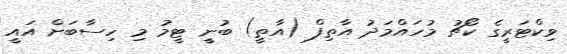
ވިކްޓަރީގެ ކޯޗު މުހައްމަދު އާތިފް (އާތީ) ބުނީ ޓީމު މި ހިސާބަށް އައީ